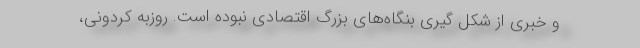
و خبری از شکل گیری بنگاه‌های بزرگ اقتصادی نبوده است. روزبه کردونی،